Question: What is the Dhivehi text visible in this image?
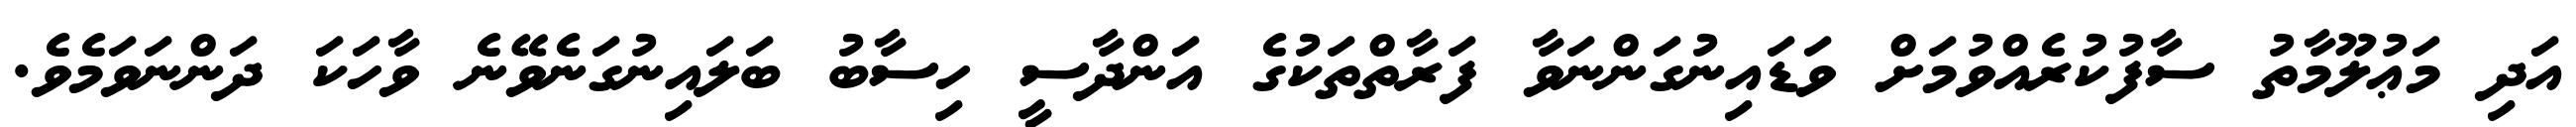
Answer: އަދި މަޢުލޫމާތު ސާފުކުރެއްވުމަށް ވަޑައިނުގަންނަވާ ފަރާތްތަކުގެ އަންދާސީ ހިސާބު ބަލައިނުގަނެވޭނެ ވާހަކަ ދަންނަވަމެވެ.